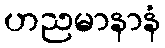
ဟညမာနာနံ